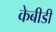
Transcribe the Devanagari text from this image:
केबीडी